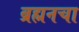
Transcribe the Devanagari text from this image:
ब्रह्मनचा